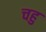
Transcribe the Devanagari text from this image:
चहु